Report of the veterinary officer investigating camel disease
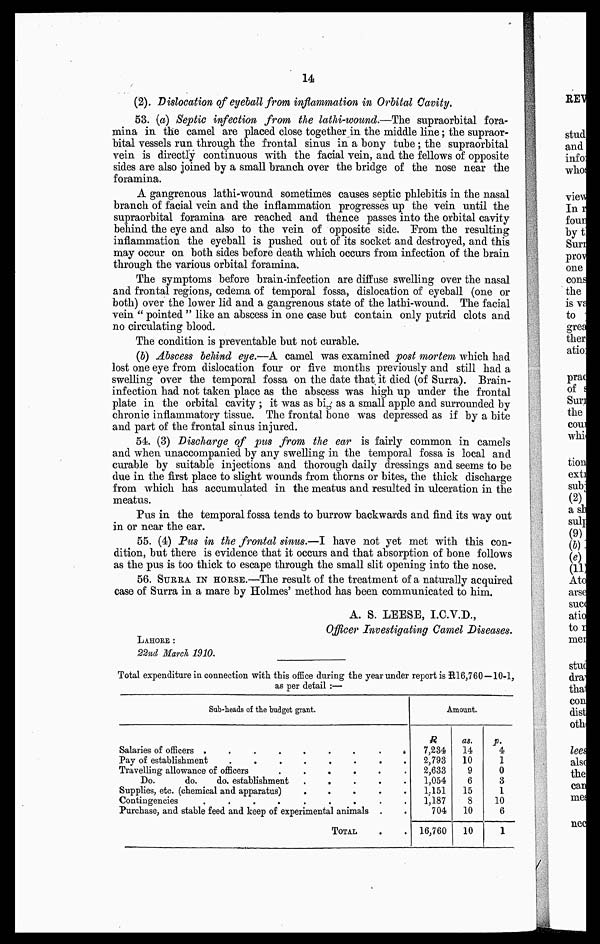
14
(2). Dislocation of eyeball from inflammation in Orbital Cavity.
53. (a) Septic infection from the lathi-wound.—The supraorbital fora-
mina in the camel are placed close together in the middle line ; the supraor-
bital vessels run through the frontal sinus in a bony tube ; the supraorbital
vein is directly continuous with the facial vein, and the fellows of opposite
sides are also joined by a small branch over the bridge of the nose near the
foramina.
A gangrenous lathi-wound sometimes causes septic phlebitis in the nasal
branch of facial vein and the inflammation progresses up the vein until the
supraorbital foramina are reached and thence passes into the orbital cavity
behind the eye and also to the vein of opposite side. Prom the resulting
inflammation the eyeball is pushed out of its socket and destroyed, and this
may occur on both sides before death which occurs from infection of the brain
through the various orbital foramina.
The symptoms before brain-infection are diffuse swelling over the nasal
and frontal regions, oedema of temporal fossa, dislocation of eyeball (one or
both) over the lower lid and a gangrenous state of the lathi-wound. The facial
vein " pointed " like an abscess in one case but contain only putrid clots and
no circulating blood.
The condition is preventable but not curable.
(5) Abscess behind eye.—A camel was examined post mortem which had
lost one eye from dislocation four or five months previously and still had a
swelling over the temporal fossa on the date that it died (of Surra). Brain-
infection had not taken place as the abscess was high up under the frontal
plate in the orbital cavity ; it was as big as a small apple and surrounded by
chronic inflammatory tissue. The frontal bone was depressed as if by a bite
and part of the frontal sinus injured.
54. (3) "Discharge of pus from the ear is fairly common in camels
and when unaccompanied by any swelling in the temporal fossa is local and
curable by suitable injections and thorough daily dressings and seems to be
due in the first place to slight wounds from thorns or bites, the thick discharge
from which has accumulated in the meatus and resulted in ulceration in the
meatus.
Pus in the temporal fossa tends to burrow backwards and find its way out
in or near the ear.
55. (4) Pus in the frontal sinus.—I have not yet met with this con-
dition, but there is evidence that it occurs and that absorption of bone follows
as the pus is too thick to escape through the small slit opening into the nose.
56. SURRA IN HOUSE.—The result of the treatment of a naturally acquired
case of Surra in a mare by Holmes' method has been communicated to him.
A. S. LEESE, I.C.V.D.,
Officer Investigating Camel Diseases.
LAHORE :
22nd March 1910.
Total expenditure in connection with this office during the year under report is R16,760 —10-1,
as per detail :—
Sub-heads of the budget grant.
Salaries of officers .......
Pay of establishment
Travelling allowance of officers
.....
Do. do. do. establishment .....
Supplies, etc. (chemical and apparatus)
.....
Contingencies ..
Purchase, and stable feed and keep of experimental animals
TOTAL..
Amount.
R
7,234
2,793
2,633
1,054
1,151
l,187
704
16,760
as.
14
10
9
6
15
8
10
10
p.
4
1
0
3
1
10
6
1